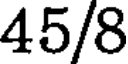
45/8